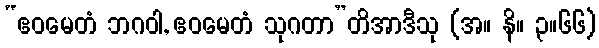
“ဧဝမေတံ ဘဂဝါ, ဧဝမေတံ သုဂတာ”တိအာဒီသု (အ။ နိ။ ၃။၆၆)